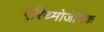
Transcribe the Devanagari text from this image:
एरिथ्मोजेनिक